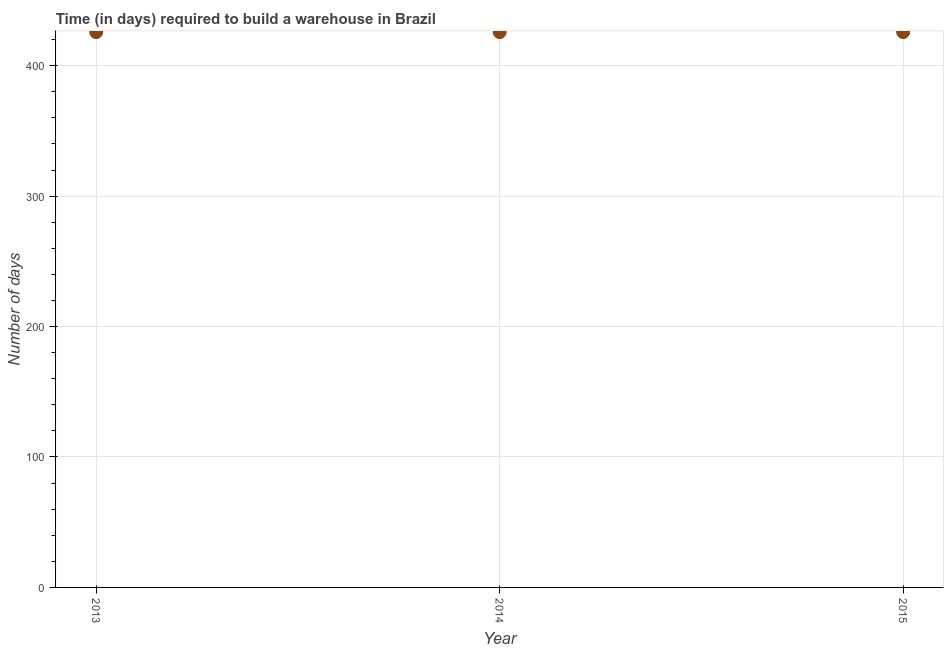
| Year | Time required to build a warehouse |
 | --- | --- |
 | 2013 | 426 |
 | 2014 | 426 |
 | 2015 | 426 |